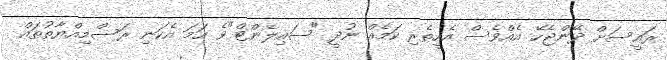
ރައީސަށް ދޭންޖެހޭ އެއްވެސް އެހީތެރި ކަމެއް ނުދީ "ސައިލެންޓް"ވެ ހަމަ އެކަނި ރަސްމިއްޔާތުތައް